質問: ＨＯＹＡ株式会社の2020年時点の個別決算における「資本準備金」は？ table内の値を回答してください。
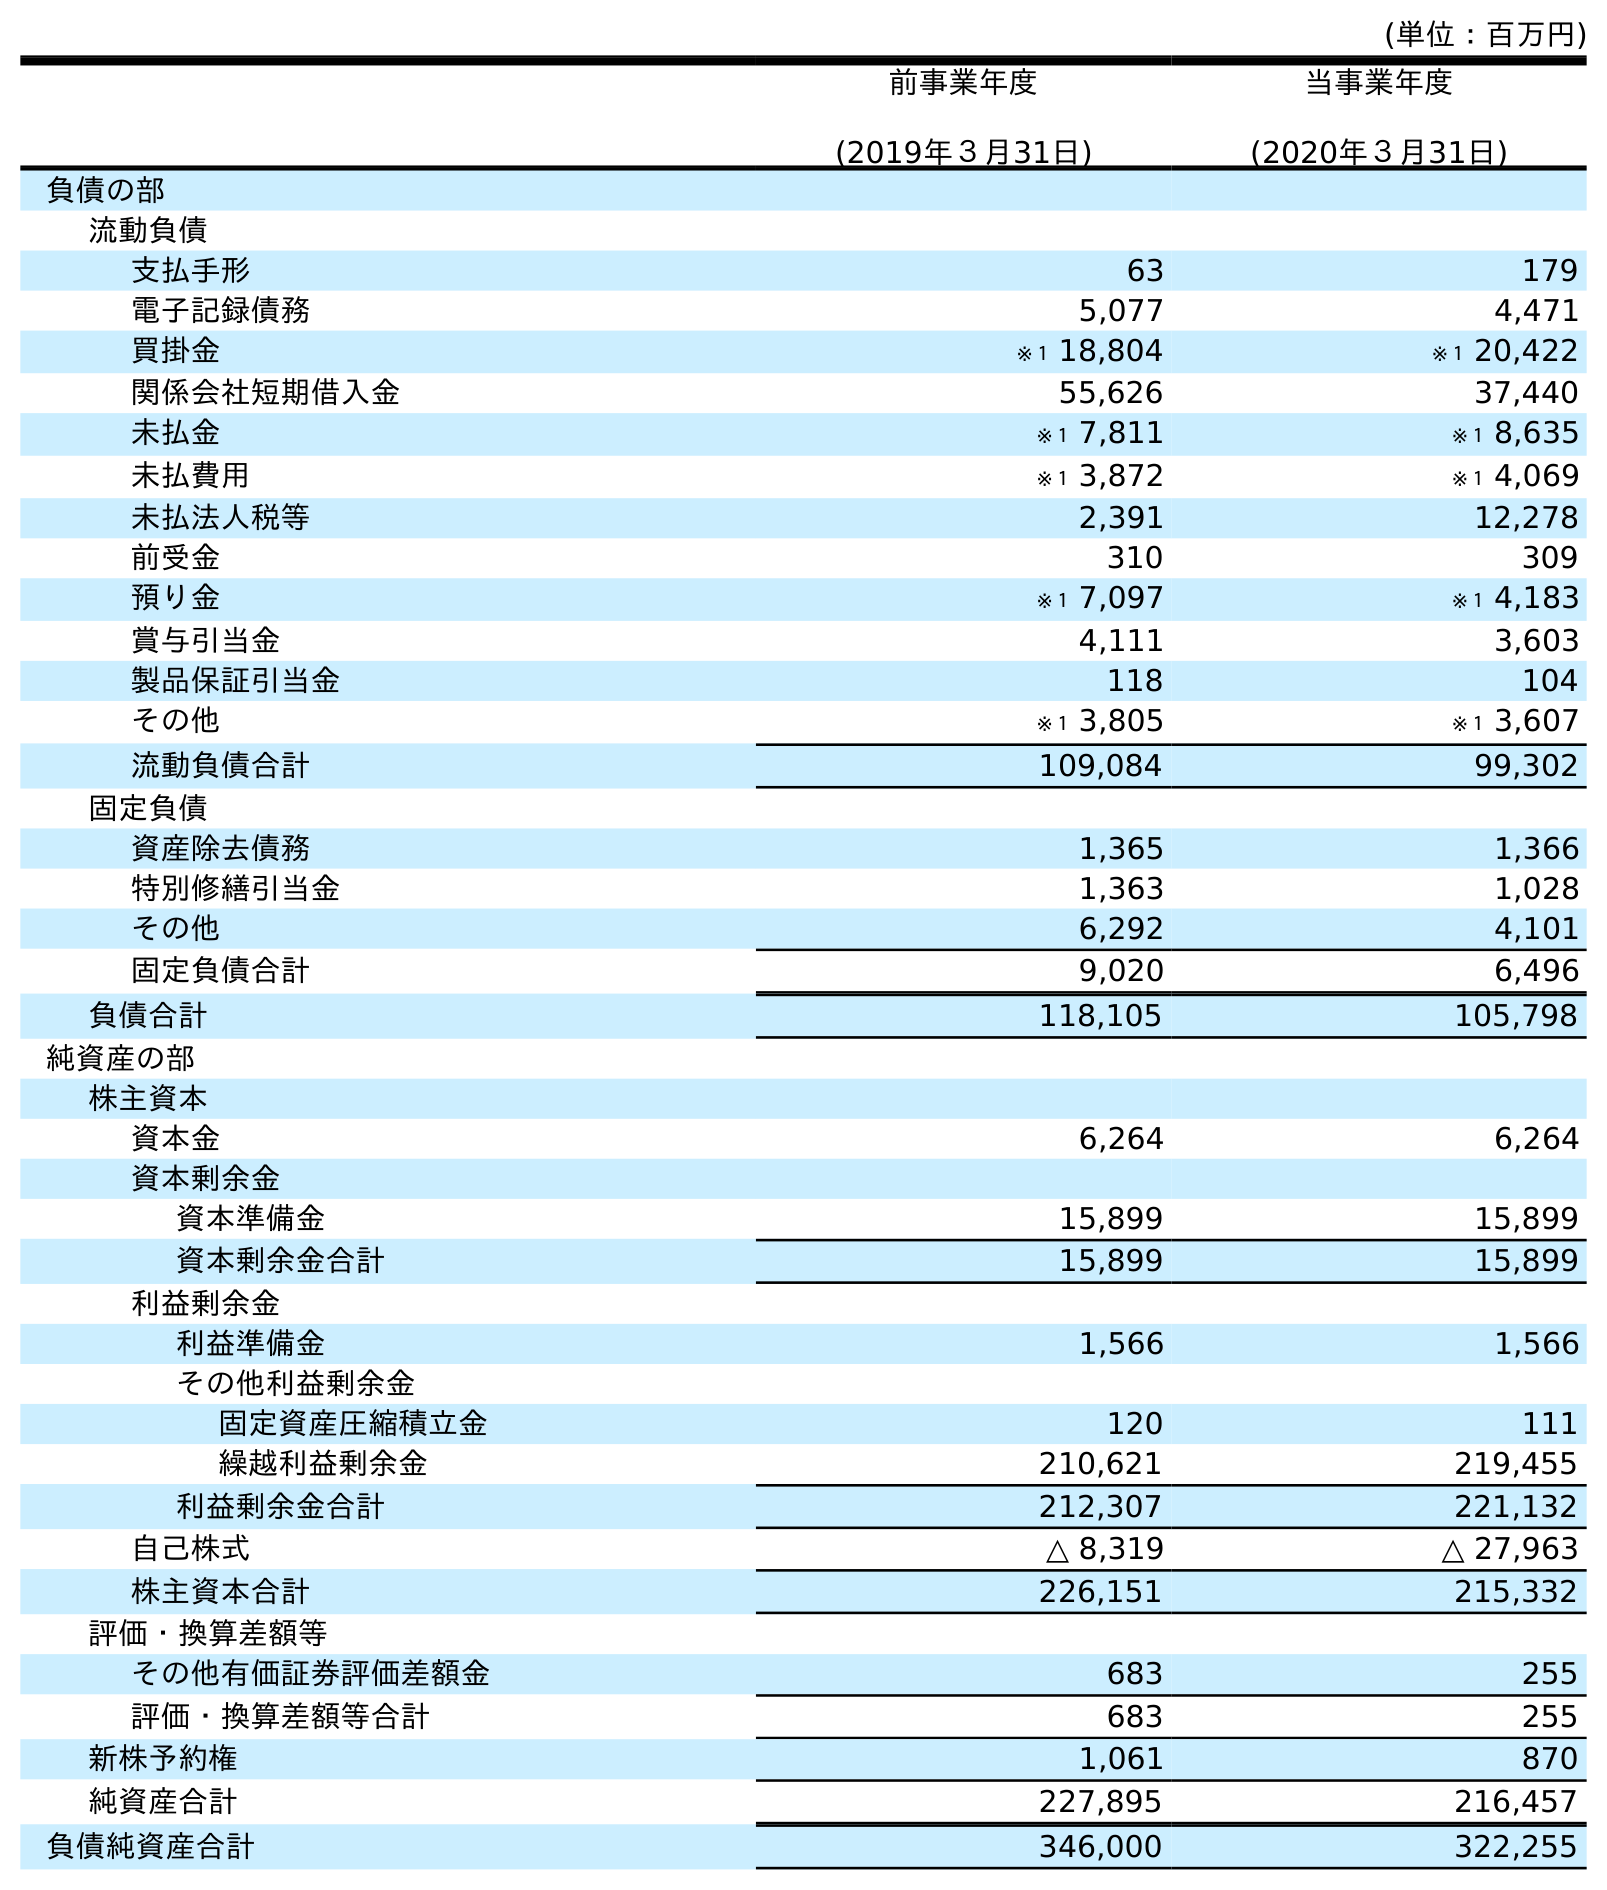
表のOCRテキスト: (単位：百万円) 前事業年度 (2019年３月31日) 当事業年度 (2020年３月31日) 負債の部 流動負債 支払手形 63 179 電子記録債務 5,077 4,471 買掛金 ※１ 18,804 ※１ 20,422 関係会社短期借入金 55,626 37,440 未払金 ※１ 7,811 ※１ 8,635 未払費用 ※１ 3,872 ※１ 4,069 未払法人税等 2,391 12,278 前受金 310 309 預り金 ※１ 7,097 ※１ 4,183 賞与引当金 4,111 3,603 製品保証引当金 118 104 その他 ※１ 3,805 ※１ 3,607 流動負債合計 109,084 99,302 固定負債 資産除去債務 1,365 1,366 特別修繕引当金 1,363 1,028 その他 6,292 4,101 固定負債合計 9,020 6,496 負債合計 118,105 105,798 純資産の部 株主資本 資本金 6,264 6,264 資本剰余金 資本準備金 15,899 15,899 資本剰余金合計 15,899 15,899 利益剰余金 利益準備金 1,566 1,566 その他利益剰余金 固定資産圧縮積立金 120 111 繰越利益剰余金 210,621 219,455 利益剰余金合計 212,307 221,132 自己株式 △ 8,319 △ 27,963 株主資本合計 226,151 215,332 評価・換算差額等 その他有価証券評価差額金 683 255 評価・換算差額等合計 683 255 新株予約権 1,061 870 純資産合計 227,895 216,457 負債純資産合計 346,000 322,255
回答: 15,899